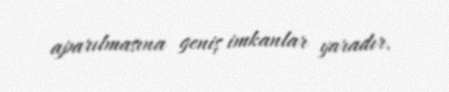
aparılmasına geniş imkanlar yaradır.